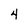
Character: 4